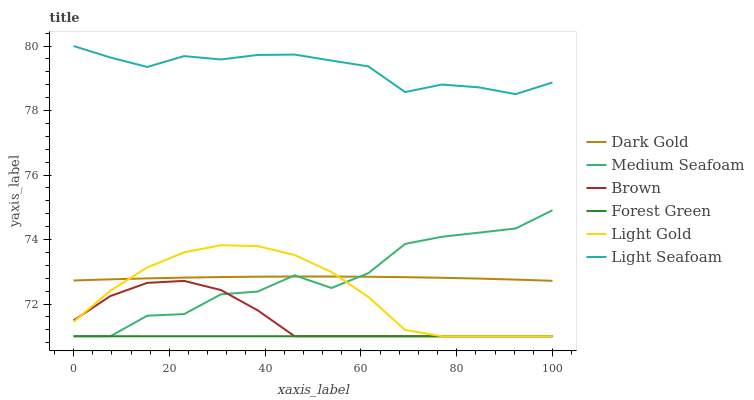
| xaxis_label | Dark Gold | Medium Seafoam | Brown | Forest Green | Light Gold | Light Seafoam |
 | --- | --- | --- | --- | --- | --- | --- |
 | 0 | 72.7 | 71 | 71.5 | 71 | 71.4 | 80 |
 | 7.69 | 72.8 | 71 | 72.2 | 71 | 72.4 | 79.6 |
 | 15.4 | 72.8 | 71.6 | 72.7 | 71 | 73.1 | 79.4 |
 | 23.1 | 72.8 | 71.7 | 72.7 | 71 | 73.6 | 79.7 |
 | 30.8 | 72.8 | 72.3 | 72.4 | 71 | 73.8 | 79.6 |
 | 38.5 | 72.8 | 72.4 | 71.8 | 71 | 73.8 | 79.7 |
 | 46.2 | 72.9 | 72.9 | 71 | 71 | 73.5 | 79.7 |
 | 53.8 | 72.9 | 72.5 | 71 | 71 | 73 | 79.5 |
 | 61.5 | 72.8 | 73 | 71 | 71 | 72.2 | 79.4 |
 | 69.2 | 72.8 | 73.9 | 71 | 71 | 71.2 | 78.6 |
 | 76.9 | 72.8 | 74.1 | 71 | 71 | 71 | 78.8 |
 | 84.6 | 72.8 | 74.2 | 71 | 71 | 71 | 78.7 |
 | 92.3 | 72.8 | 74.3 | 71 | 71 | 71 | 78.5 |
 | 100 | 72.7 | 74.9 | 71 | 71 | 71 | 78.9 |